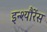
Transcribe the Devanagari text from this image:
इन्श्यौरेंस